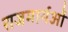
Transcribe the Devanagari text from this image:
राजमार्गओं